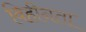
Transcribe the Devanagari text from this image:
विहीनता